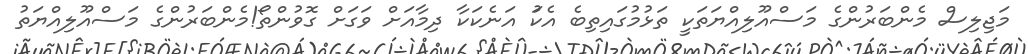
މަޖިލިސް މެންބަރުންގެ މަސްއޫލިއްޔަތަކީ ތަޅުމުގައިތިބެ އެކަު އަނެކަކާ ދިމާއަށް ވަގަށް ގޮވުންތޯ!މެންބަރުންގެ މަސްއޫލިއްޔަތު